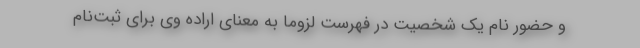
و حضور نام یک شخصیت در فهرست لزوماً به معنای اراده وی برای ثبت‌نام